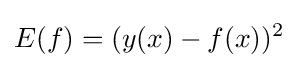
E(f)=(y(x)-f(x))^{2}